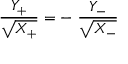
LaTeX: { \frac { Y _ { + } } { \sqrt { X _ { + } } } } = - ~ { \frac { Y _ { - } } { \sqrt { X _ { - } } } }